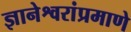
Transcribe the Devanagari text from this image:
ज्ञानेश्वरांप्रमाणे